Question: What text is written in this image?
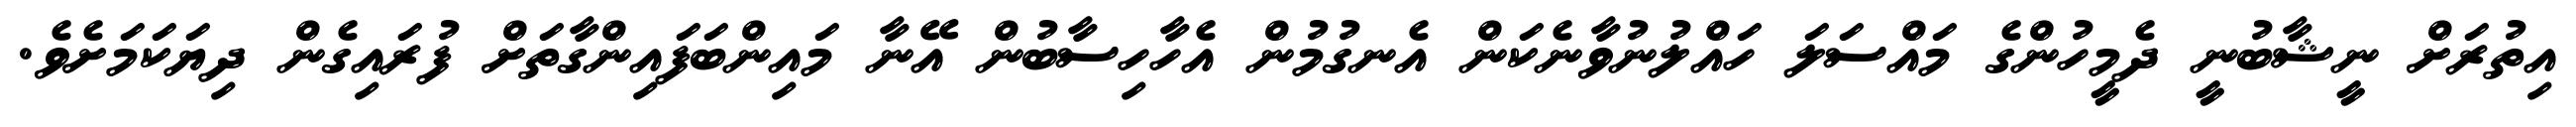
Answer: އިތުރަށް ނީޝާބުނީ ދެމީހުންގެ މައްސަލަ ހައްލުނުވާނެކަން އެނގުމުން އެހާހިސާބުން އޭނާ މައިންބަފައިންގާތަށް ފުރައިގެން ދިޔަކަމަށެވެ.